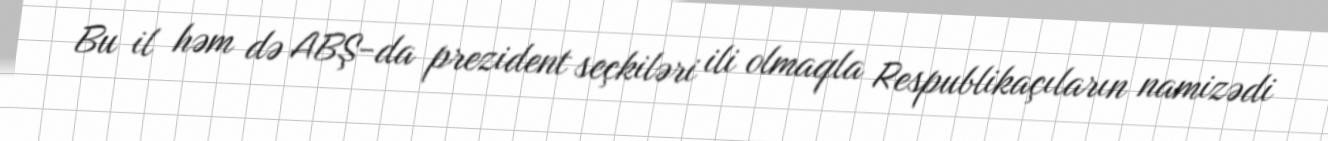
Bu il həm də ABŞ-da prezident seçkiləri ili olmaqla Respublikaçıların namizədi